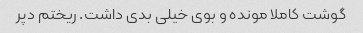
گوشت کاملا مونده و بوی خیلی بدی داشت. ریختم دپر